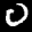
Label: 0